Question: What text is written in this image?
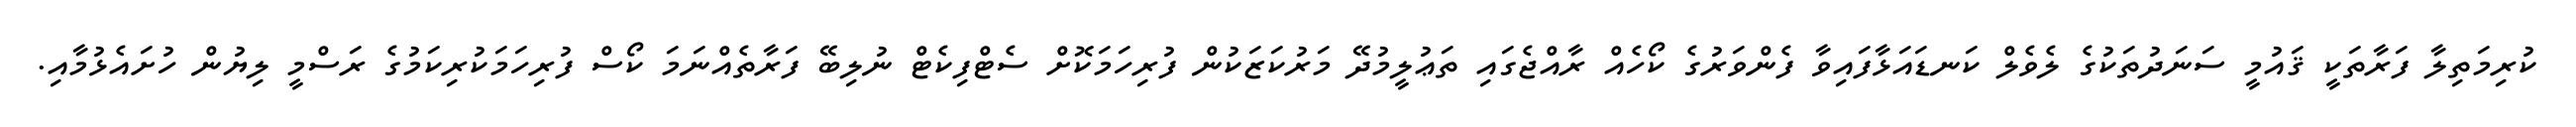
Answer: ކުރިމަތިލާ ފަރާތަކީ ޤައުމީ ސަނަދުތަކުގެ ލެވެލް ކަނޑައަޅާފައިވާ ފެންވަރުގެ ކޯހެއް ރާއްޖެގައި ތަޢުލީމުދޭ މަރުކަޒަކުން ފުރިހަމަކޮށް ސެޓްފިކެޓް ނުލިބޭ ފަރާތެއްނަމަ ކޯސް ފުރިހަމަކުރިކަމުގެ ރަސްމީ ލިޔުން ހުށައެޅުމާއި.